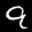
Label: 9